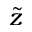
\Tilde { z }